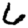
Digit: 6